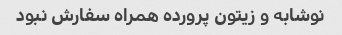
نوشابه و زیتون پرورده همراه سفارش نبود